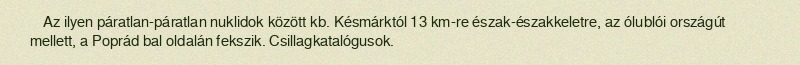
Az ilyen páratlan-páratlan nuklidok között kb. Késmárktól 13 km-re észak-északkeletre, az ólublói országút mellett, a Poprád bal oldalán fekszik. Csillagkatalógusok.